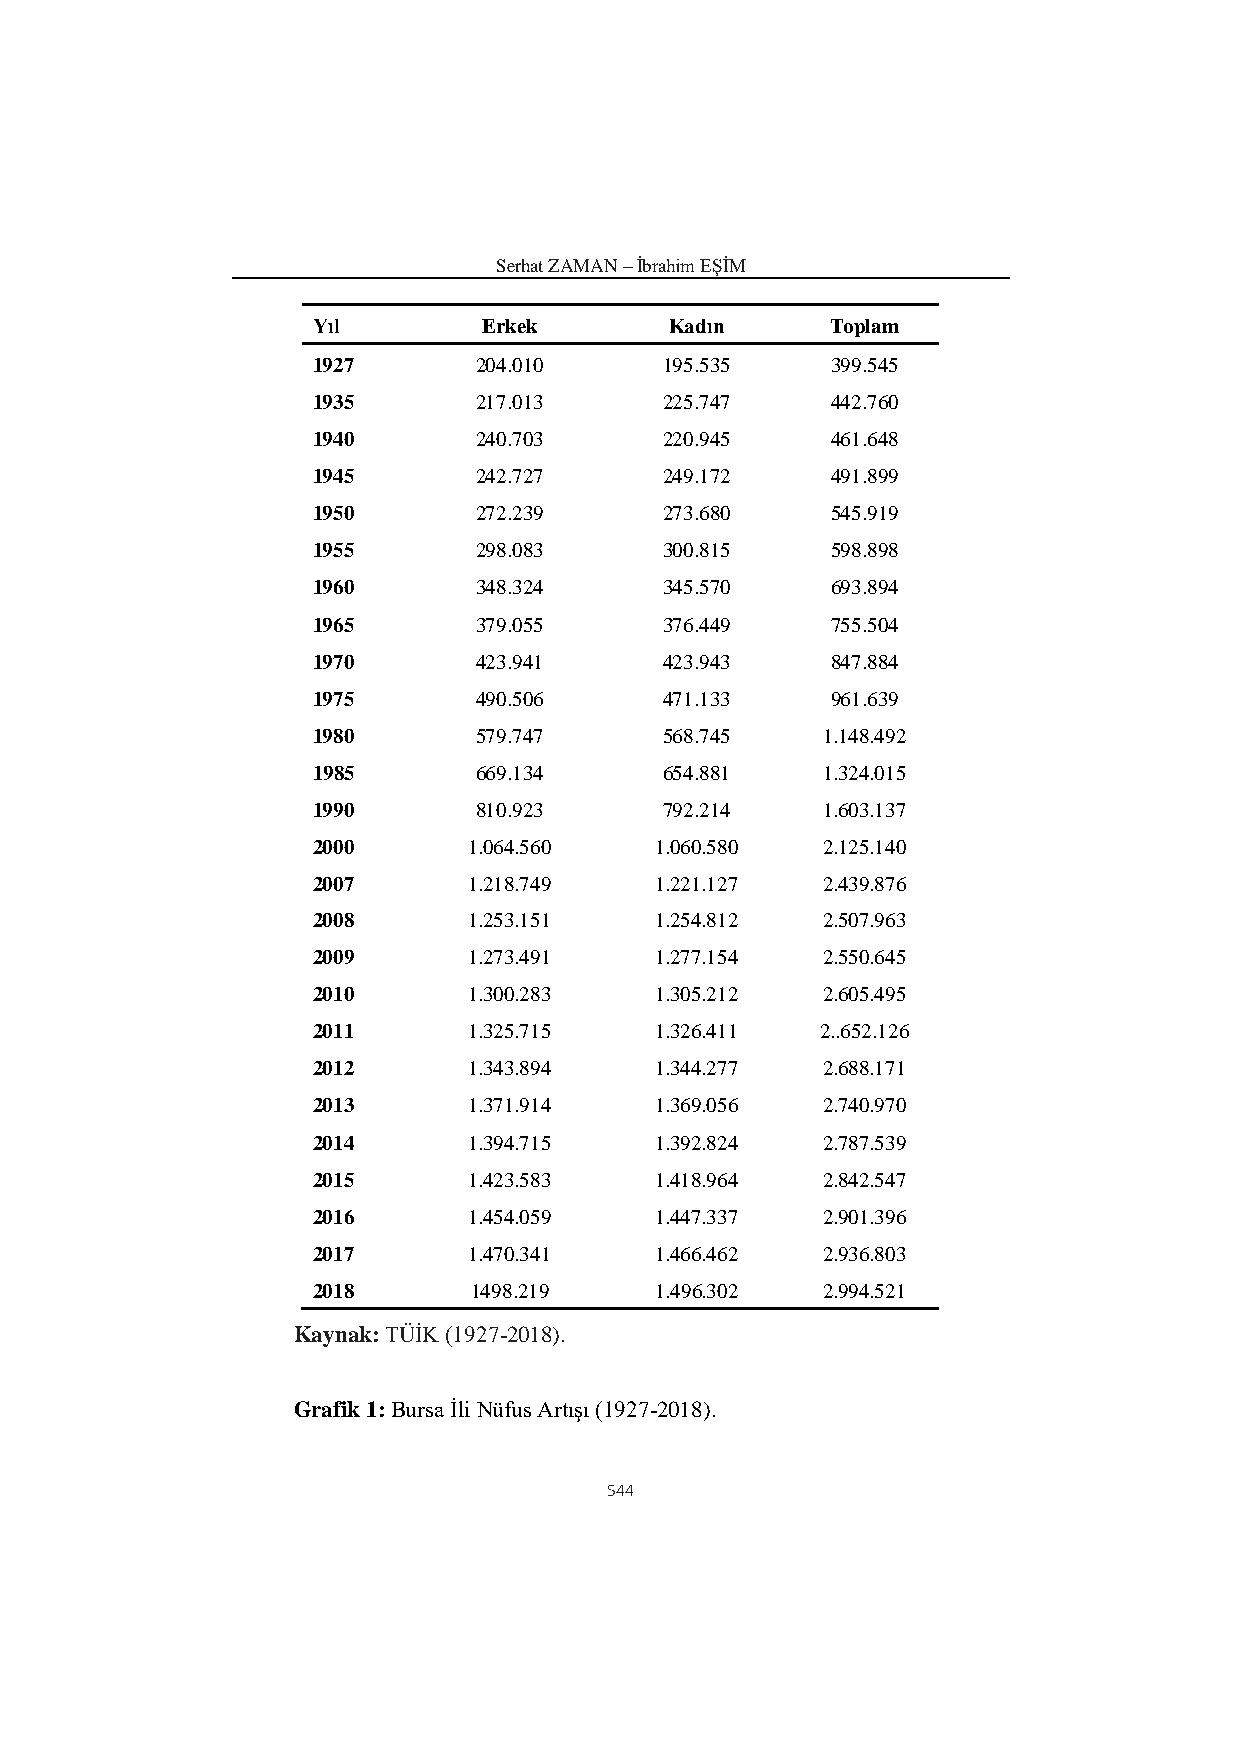
Serhat ZAMAN – İbrahim EŞİM
 Yıl        Erkek       Kadın      Toplam
 1927      204.010      195.535    399.545
 1935      217.013      225.747    442.760
 1940      240.703      220.945    461.648
 1945      242.727      249.172    491.899
 1950      272.239      273.680    545.919
 1955      298.083      300.815    598.898
 1960      348.324      345.570    693.894
 1965      379.055      376.449    755.504
 1970      423.941      423.943    847.884
 1975      490.506      471.133    961.639
 1980      579.747      568.745   1.148.492
 1985      669.134      654.881   1.324.015
 1990      810.923      792.214   1.603.137
 2000      1.064.560   1.060.580  2.125.140
 2007      1.218.749   1.221.127  2.439.876
 2008      1.253.151   1.254.812  2.507.963
 2009      1.273.491   1.277.154  2.550.645
 2010      1.300.283   1.305.212  2.605.495
 2011      1.325.715   1.326.411  2..652.126
 2012      1.343.894   1.344.277  2.688.171
 2013      1.371.914   1.369.056  2.740.970
 2014      1.394.715   1.392.824  2.787.539
 2015      1.423.583   1.418.964  2.842.547
 2016      1.454.059   1.447.337  2.901.396
 2017      1.470.341   1.466.462  2.936.803
 2018      1498.219    1.496.302  2.994.521
 Kaynak: TÜİK (1927-2018).
 Grafik 1: Bursa İli Nüfus Artışı (1927-2018).
 544